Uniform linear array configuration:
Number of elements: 24
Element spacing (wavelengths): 0.75
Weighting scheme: hann
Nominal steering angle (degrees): -30
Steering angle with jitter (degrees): -28.878
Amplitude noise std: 0.05
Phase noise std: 0.05

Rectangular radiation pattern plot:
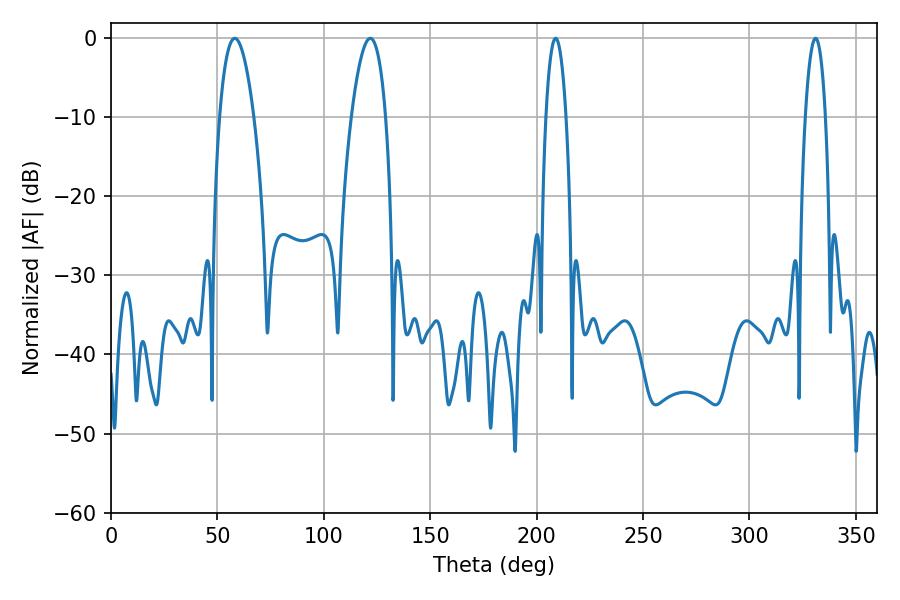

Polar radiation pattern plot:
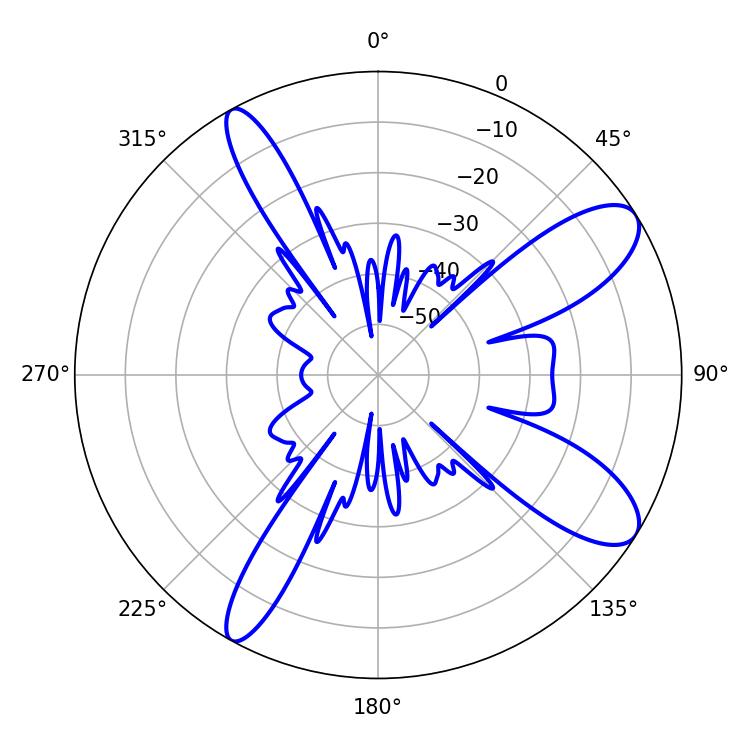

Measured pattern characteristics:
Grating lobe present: TRUE
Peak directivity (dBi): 10.232
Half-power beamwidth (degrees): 8.82
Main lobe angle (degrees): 58.14